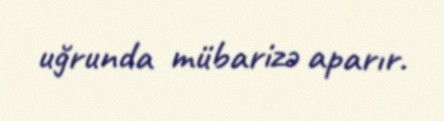
uğrunda mübarizə aparır.